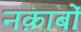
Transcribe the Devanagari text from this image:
नक़ाबों